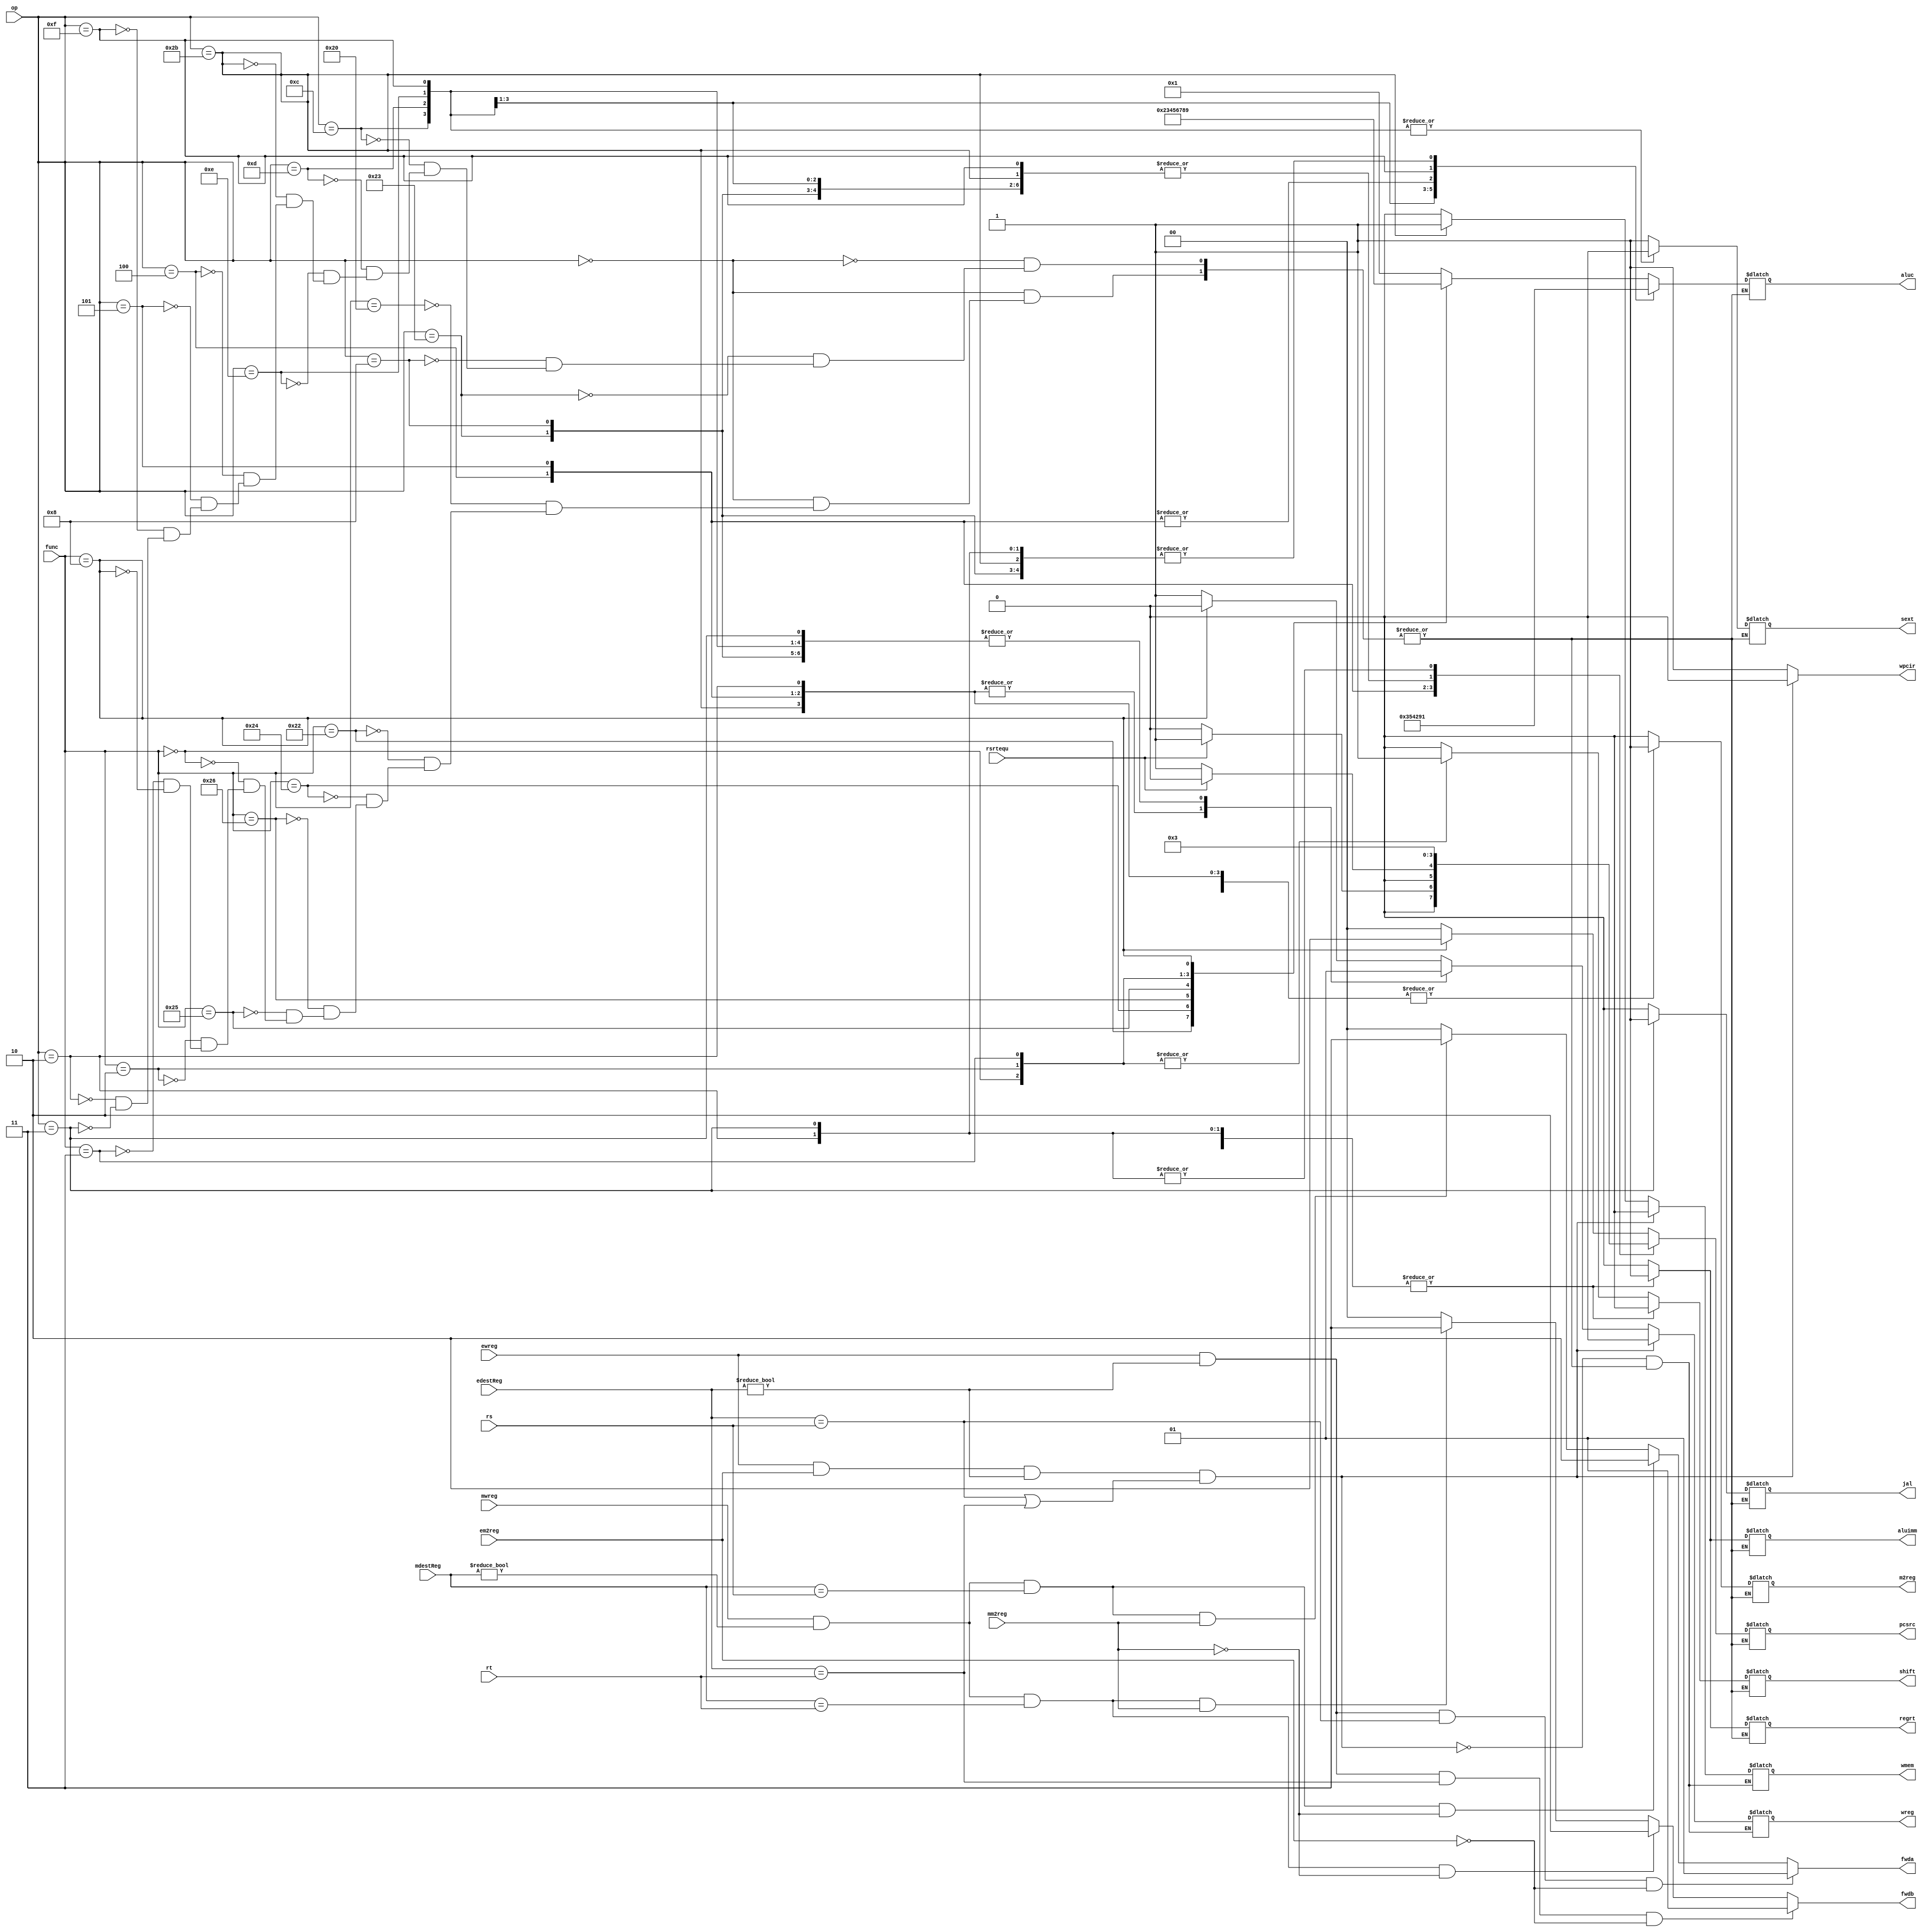
`timescale 1ns / 1ps
module control_unit(
input [5:0] op,
input [5:0] func,

input [4:0] rs,
input [4:0] rt, 
input [4:0] mdestReg, 
input mm2reg,
input mwreg,
input [4:0] edestReg,
input em2reg,
input ewreg,

input rsrtequ,

output reg wreg,
output reg m2reg,
output reg wmem,
output reg [3:0] aluc,
output reg aluimm,
output reg regrt,

output reg [1:0] fwda,
output reg [1:0] fwdb,
output reg wpcir,

output reg jal,
output reg shift,
output reg sext,
output reg [1:0] pcsrc
);

reg regusage;

   initial begin
    pcsrc = 2'b00;
    wreg = 0;
    regusage = 1;
   end
always@(*)
    begin
        case(op)
            6'b000000:
            begin 
                case (func)
                    6'b100000: //add
                    begin
                        wreg = 1'b1; 
                        m2reg = 1'b0;
                        wmem = 1'b0;
                        aluimm = 1'b0;
                        regrt = 1'b0;
                        aluc = 4'b0001;
                        
                        jal = 1'b0;
                        shift = 1'b0;
                        sext = 1'b1;
                        pcsrc = 2'b00;
                    end
                    6'b100010: //sub
                    begin
                        wreg = 1'b1; 
                        m2reg = 1'b0;
                        wmem = 1'b0;
                        aluimm = 1'b0;
                        regrt = 1'b0;
                        aluc = 4'b0010;
                        
                        jal = 1'b0;
                        shift = 1'b0;
                        sext = 1'b1;
                        pcsrc = 2'b00;
                    end
                    6'b100100: //and
                    begin
                        wreg = 1'b1; 
                        m2reg = 1'b0;
                        wmem = 1'b0;
                        aluimm = 1'b0;
                        regrt = 1'b0;
                        aluc = 4'b0011;
                        
                        jal = 1'b0;
                        shift = 1'b0;
                        sext = 1'b1;
                        pcsrc = 2'b00;
                    end
                    6'b100110: //xor
                    begin
                        wreg = 1'b1; 
                        m2reg = 1'b0;
                        wmem = 1'b0;
                        aluimm = 1'b0;
                        regrt = 1'b0;
                        aluc = 4'b0100;
                        
                        jal = 1'b0;
                        shift = 1'b0;
                        sext = 1'b1;
                        pcsrc = 2'b00;
                    end    
                    6'b100101: //or
                    begin
                        wreg = 1'b1; 
                        m2reg = 1'b0;
                        wmem = 1'b0;
                        aluimm = 1'b0;
                        regrt = 1'b0;
                        aluc = 4'b0101;
                        
                        jal = 1'b0;
                        shift = 1'b0;
                        sext = 1'b1;
                        pcsrc = 2'b00;
                    end
                    6'b000000: //sll
                    begin
                        wreg = 1'b1; 
                        m2reg = 1'b0;
                        wmem = 1'b0;
                        aluimm = 1'b0;
                        regrt = 1'b0;
                        aluc = 4'b0110;
                        
                        jal = 1'b0;
                        shift = 1'b1;
                        sext = 1'b1;
                        pcsrc = 2'b00;
                    end
                    6'b000010: //srl
                    begin
                        wreg = 1'b1; 
                        m2reg = 1'b0;
                        wmem = 1'b0;
                        aluimm = 1'b0;
                        regrt = 1'b0;
                        aluc = 4'b0111;
                        
                        jal = 1'b0;
                        shift = 1'b1;
                        sext = 1'b1;
                        pcsrc = 2'b00;
                    end
                    6'b000011: //sra
                    begin
                        wreg = 1'b1; 
                        m2reg = 1'b0;
                        wmem = 1'b0;
                        aluimm = 1'b0;
                        regrt = 1'b0;
                        aluc = 4'b1000;
                        
                        jal = 1'b0;
                        shift = 1'b1;
                        sext = 1'b1;
                        pcsrc = 2'b00;
                    end
                    6'b001000: //jr
                    begin
                        wreg = 1'b0; 
                        m2reg = 1'b0;
                        wmem = 1'b0;
                        aluimm = 1'b0;
                        regrt = 1'b0;
                        aluc = 4'b1001;
                        
                        jal = 1'b0;
                        shift = 1'b0;
                        sext = 1'b1;
                        pcsrc = 2'b10;
                    end
                endcase
            end
            6'b100011: //lw
            begin
                wreg = 1'b1; 
                m2reg = 1'b1;
                wmem = 1'b0;
                aluimm = 1'b1;
                regrt = 1'b1;
                aluc = 4'b0001;
                
                jal = 1'b0;
                shift = 1'b0;
                sext = 1'b1;
                pcsrc = 2'b00;
            end
            6'b001000: //addi
            begin
                wreg = 1'b1; 
                m2reg = 1'b1;
                wmem = 1'b0;
                aluimm = 1'b1;
                regrt = 1'b1;
                aluc = 4'b0001;
                
                jal = 1'b0;
                shift = 1'b0;
                sext = 1'b1;
                pcsrc = 2'b00;
            end
            6'b001100: //andi
            begin
                wreg = 1'b1; 
                m2reg = 1'b1;
                wmem = 1'b0;
                aluimm = 1'b1;
                regrt = 1'b1;
                aluc = 4'b0011;
                
                jal = 1'b0;
                shift = 1'b0;
                sext = 1'b0;
                pcsrc = 2'b00;
            end   
            6'b001101: //ori
            begin
                wreg = 1'b1; 
                m2reg = 1'b1;
                wmem = 1'b0;
                aluimm = 1'b1;
                regrt = 1'b1;
                aluc = 4'b0101;
                
                jal = 1'b0;
                shift = 1'b0;
                sext = 1'b0;
                pcsrc = 2'b00;
            end    
            6'b001110: //xori
            begin
                wreg = 1'b1; 
                m2reg = 1'b1;
                wmem = 1'b0;
                aluimm = 1'b1;
                regrt = 1'b1;
                aluc = 4'b0100;
                
                jal = 1'b0;
                shift = 1'b0;
                sext = 1'b0;
                pcsrc = 2'b00;
            end    
            6'b101011: //sw
            begin
                wreg = 1'b0; 
                m2reg = 1'b1;
                wmem = 1'b1;
                aluimm = 1'b1;
                regrt = 1'b1;
                aluc = 4'b0001;
                
                jal = 1'b0;
                shift = 1'b0;
                sext = 1'b1;
                pcsrc = 2'b00;
            end 
            6'b000100: //beq
            begin
                wreg = 1'b0; 
                m2reg = 1'b1;
                wmem = 1'b0;
                aluimm = 1'b1;
                regrt = 1'b1;
                aluc = 4'b0010;
                
                jal = 1'b0;
                shift = 1'b0;
                sext = 1'b1;
                if(rsrtequ == 1)
                begin
                    pcsrc = 2'b01;
                end
                else 
                begin
                    pcsrc = 2'b00;
                end     
            end 
            6'b000101: //bne
            begin
                wreg = 1'b0; 
                m2reg = 1'b1;
                wmem = 1'b0;
                aluimm = 1'b1;
                regrt = 1'b1;
                aluc = 4'b0010;
                
                jal = 1'b0;
                shift = 1'b0;
                sext = 1'b1;
                if(rsrtequ == 0)
                begin
                    pcsrc = 2'b01;
                end
                else 
                begin
                    pcsrc = 2'b00;
                end 
            end 
            6'b001111: //lui
            begin
                wreg = 1'b1; 
                m2reg = 1'b0;
                wmem = 1'b0;
                aluimm = 1'b1;
                regrt = 1'b1;
                aluc = 4'b1001;
                
                jal = 1'b0;
                shift = 1'b0;
                sext = 1'b0;
                pcsrc = 2'b00;
            end      
            6'b000010: //j
            begin
                wreg = 1'b0; 
                m2reg = 1'b1;
                wmem = 1'b0;
                aluimm = 1'b1;
                regrt = 1'b1;
                aluc = 4'b0001;
                
                jal = 1'b0;
                shift = 1'b0;
                sext = 1'b1;
                pcsrc = 2'b11;
            end
            6'b000011: //jal
            begin
                wreg = 1'b1; 
                m2reg = 1'b0;
                wmem = 1'b0;
                aluimm = 1'b1;
                regrt = 1'b1;
                aluc = 4'b0001;
                
                jal = 1'b1;
                shift = 1'b0;
                sext = 1'b1;
                pcsrc = 2'b11;
            end
        endcase
    if(ewreg == 1 && em2reg == 1 && edestReg != 0 && regusage == 1 && (edestReg == rs || edestReg == rt))
        begin
            wreg = 0;
            wmem = 0;
            wpcir = 0;
        end
    else
        begin
            wpcir = 1;
        end
    
    if( ewreg == 1 && edestReg != 0 && edestReg == rs && em2reg ==0)
        begin
        fwda = 1;
        end
    else if (mwreg == 1 && mdestReg != 0 && mdestReg == rs && mm2reg == 0) 
        begin
        fwda = 2;
        end
    else if (mwreg ==1 && mdestReg != 0 && mdestReg == rs && mm2reg == 1)
        begin
        fwda = 3;
        end
    else 
        begin
        fwda = 0;
        end
       
    if( ewreg == 1 && edestReg != 0 && edestReg == rt && em2reg ==0)
        begin
        fwdb = 1;
        end
    else if (mwreg == 1 && mdestReg != 0 && mdestReg == rt && mm2reg == 0) 
        begin
        fwdb = 2;
        end
    else if (mwreg ==1 && mdestReg != 0 && mdestReg == rt && mm2reg == 1)
        begin
        fwdb = 3;
        end
    else 
        begin
        fwdb = 0;
        end
end
endmodule